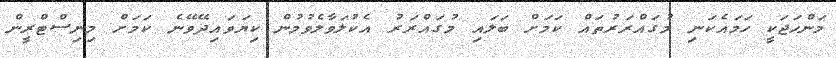
މަންހަޖަކީ ހަމައެކަނި މުގައްރަރުތައް ކަމަށް ބަލައި މުގައްރަރު އެކުލަވާލެވުމުން ކިޔަވައިދޭވޭނެ ކަމަށް މިނިސްޓްރީން